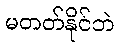
မတတ်နိုင်ဘဲ